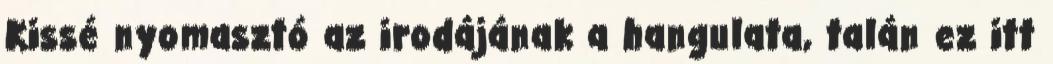
Kissé nyomasztó az irodájának a hangulata, talán ez itt